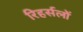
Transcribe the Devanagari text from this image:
रिहर्सलों